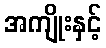
အကျိုးနှင့်